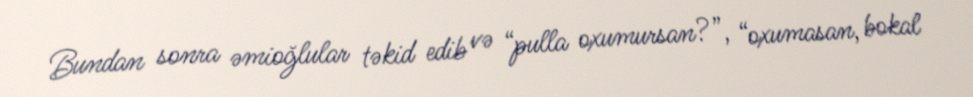
Bundan sonra əmioğlular təkid edib və “pulla oxumursan?”, “oxumasan, bokal